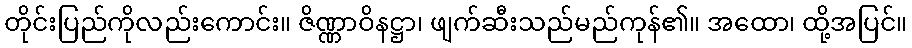
တိုင်းပြည်ကိုလည်းကောင်း။ ဇိဏ္ဏာဝိနဋ္ဌာ၊ ဖျက်ဆီးသည်မည်ကုန်၏။ အထော၊ ထို့အပြင်။